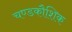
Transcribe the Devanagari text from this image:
चण्डकौशिक